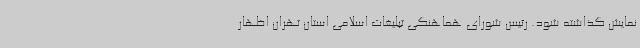
نمایش گذاشته شود. رئیس شورای هماهنگی تبلیغات اسلامی استان تهران اظهار